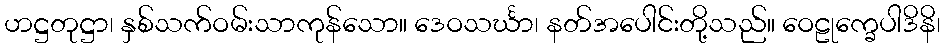
ဟဋ္ဌတုဋ္ဌာ၊ နှစ်သက်ဝမ်းသာကုန်သော။ ဒေဝသင်္ဃာ၊ နတ်အပေါင်းတို့သည်။ ဝေဠုက္ခေပါဒိနိ၊